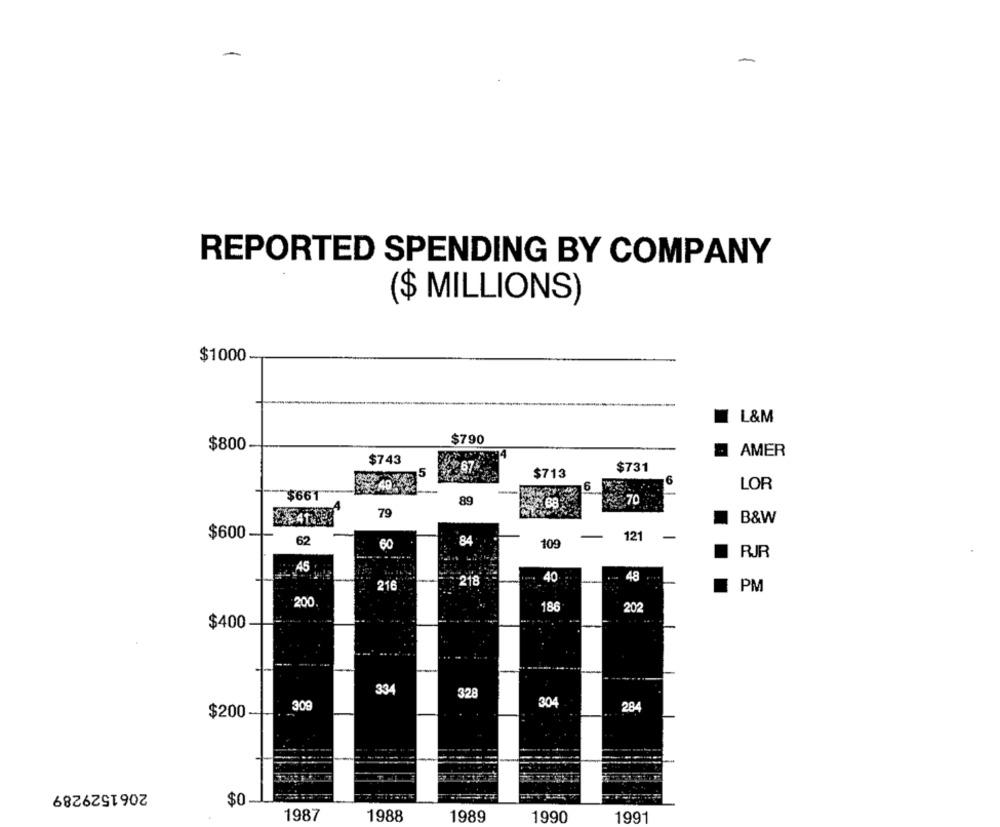
-
REPORTED SPENDING BY COMPANY
($ MILLIONS)
$1000
-
L&M
$790
$800
AMER
$743
5
3767
$731
$713
6
.40
6
LOR
$661"
89
70
79
B&W
$600
121
-
62
60
84
109
RJR
45
218
40
48
216
PM
200
186
202
$400
334
328
304
309
284
$200-
2061529289
$0
1987
1988
1989
1990
1991